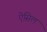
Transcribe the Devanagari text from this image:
ऐसिल